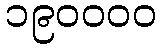
၁၉၀၀၀၀